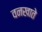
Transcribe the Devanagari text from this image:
वनखाते